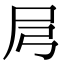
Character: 𡰬